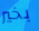
بخير